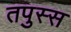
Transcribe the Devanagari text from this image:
तपुस्स